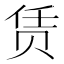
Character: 赁